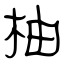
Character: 柚